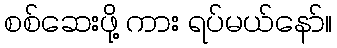
စစ်ဆေးဖို့ ကား ရပ်မယ်နော်။